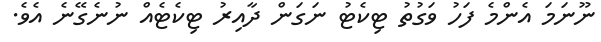
ނޫނަމަ އެންމެ ފަހު ވަގުތު ޓިކެޓު ނަގަން ދާއިރު ޓިކެޓެއް ނުނެގޭނެ އެވެ.